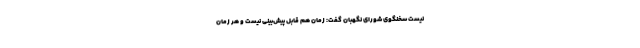
نیست سخنگوی شورای نگهبان گفت: زمان هم قابل پیش‌بینی نیست و هر زمان